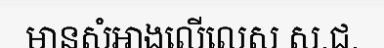
មានសំអាងលើលេស ស.ជ.